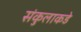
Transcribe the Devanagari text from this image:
संकुलाकडे